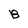
Character: B